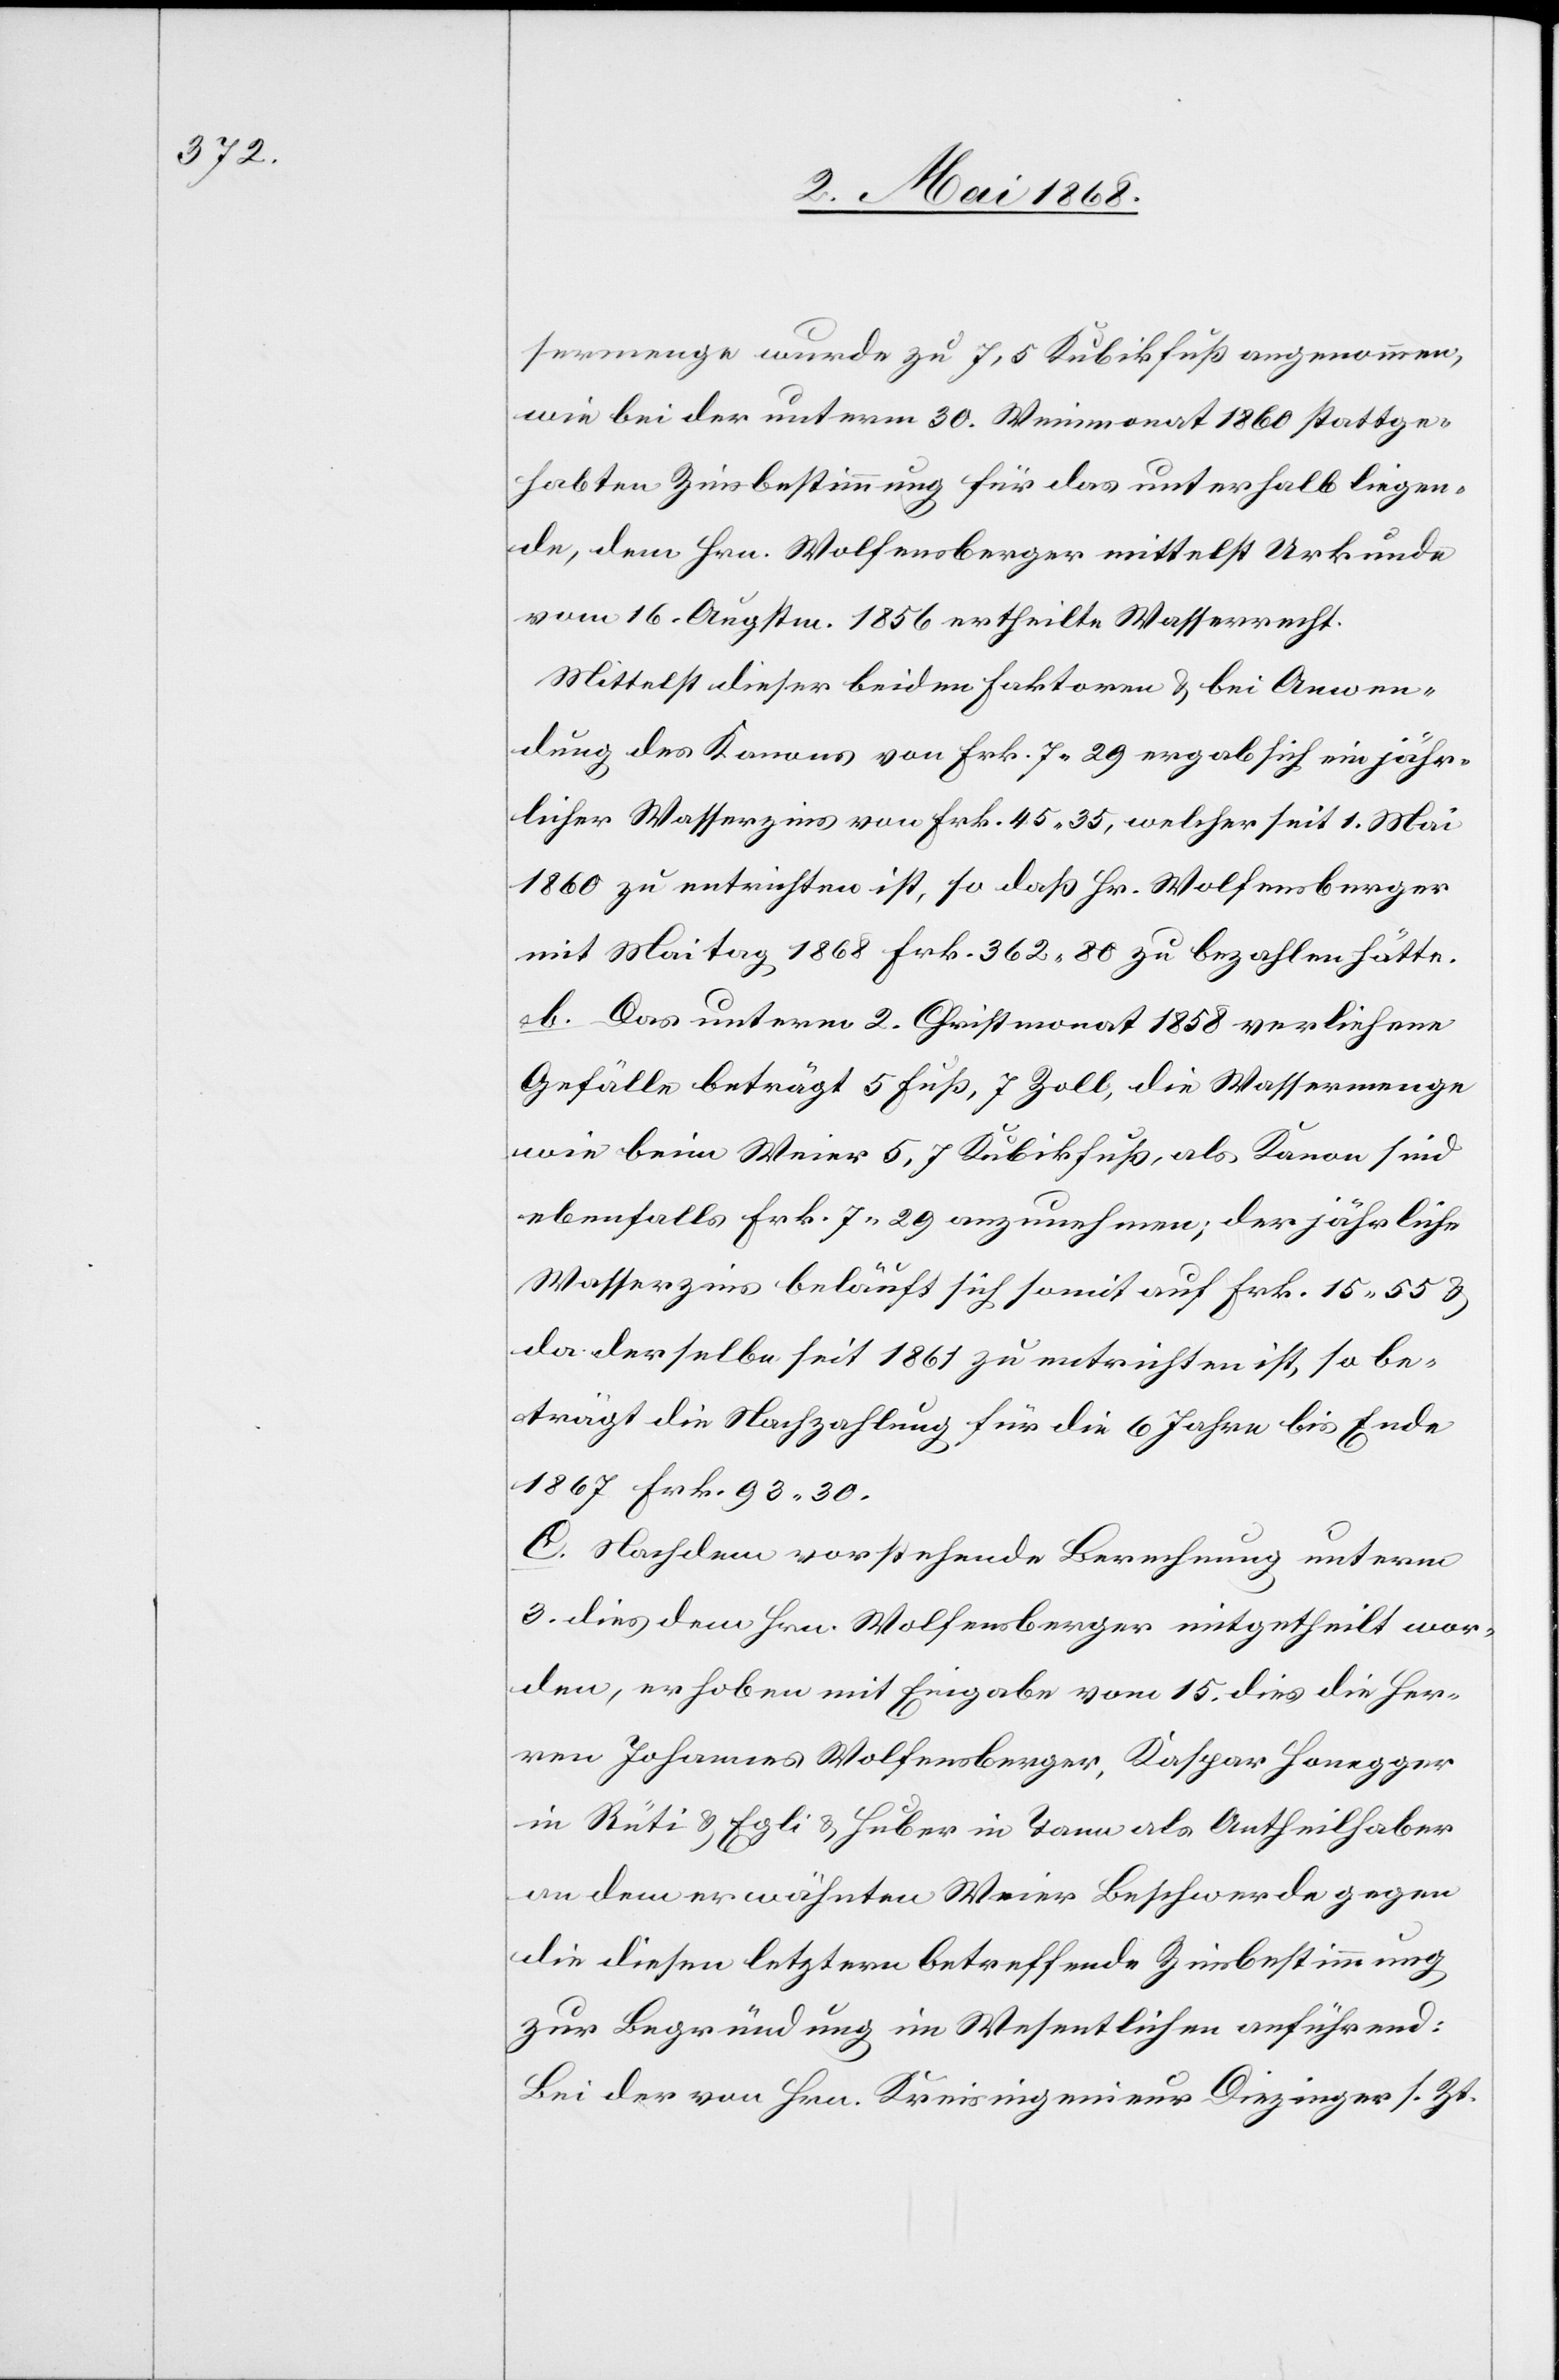
sermenge wurde zu 7,5 Kubikfuß angenommen,
wie bei der unterm 30. Weinmonat 1860 stattge¬
habten Zinsbestimmung für das unterhalb liegen¬
de, dem Hrn. Wolfensberger mittelst Urkunde
vom 16. Augstm. 1856 ertheilte Wasserrecht.
Mittelst dieser beiden Faktoren & bei Anwen¬
dung des Kanons von Frk. 7. 29 ergab sich ein jähr¬
licher Wasserzins von Frk. 45. 35, welcher seit 1. Mai
1860 zu entrichten ist, so daß Hr. Wolfensberger
mit Maitag 1868 Frk. 362. 80 zu bezahlen hätte.
b. Das unterm 2. Christmonat 1858 verliehene
Gefälle beträgt 5 Fuß, 7 Zoll, die Wassermenge
wie beim Weier 5,7 Kubikfuß, als Kanon sind
ebenfalls Frk. 7. 29 anzunehmen; der jährliche
Wasserzins beläuft sich somit auf Frk. 15. 55 &
da derselbe seit 1861 zu entrichten ist, so be¬
trägt die Nachzahlung für die 6 Jahre bis Ende
1867 Frk. 93. 30.
C. Nachdem vorstehende Berechnung unterm
3. dies dem Hrn. Wolfensberger mitgetheilt wor¬
den, erhoben mit Eingabe vom 15. dies die Her¬
ren Johannes Wolfensberger, Kaspar Honegger
in Rüti & Egli & Huber in Tann als Antheilhaber
an dem erwähnten Weier Beschwerde gegen
die diesen letztern betreffende Zinsbestimmung
zur Begründung im Wesentlichen anführend:
Bei der von Hrn. Kreisingenieur Diezinger s. Zt.